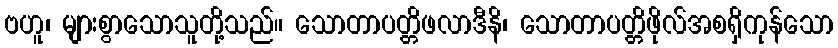
ဗဟူ၊ များစွာသောသူတို့သည်။ သောတာပတ္တိဖလာဒီနိ၊ သောတာပတ္တိဖိုလ်အစရှိကုန်သော